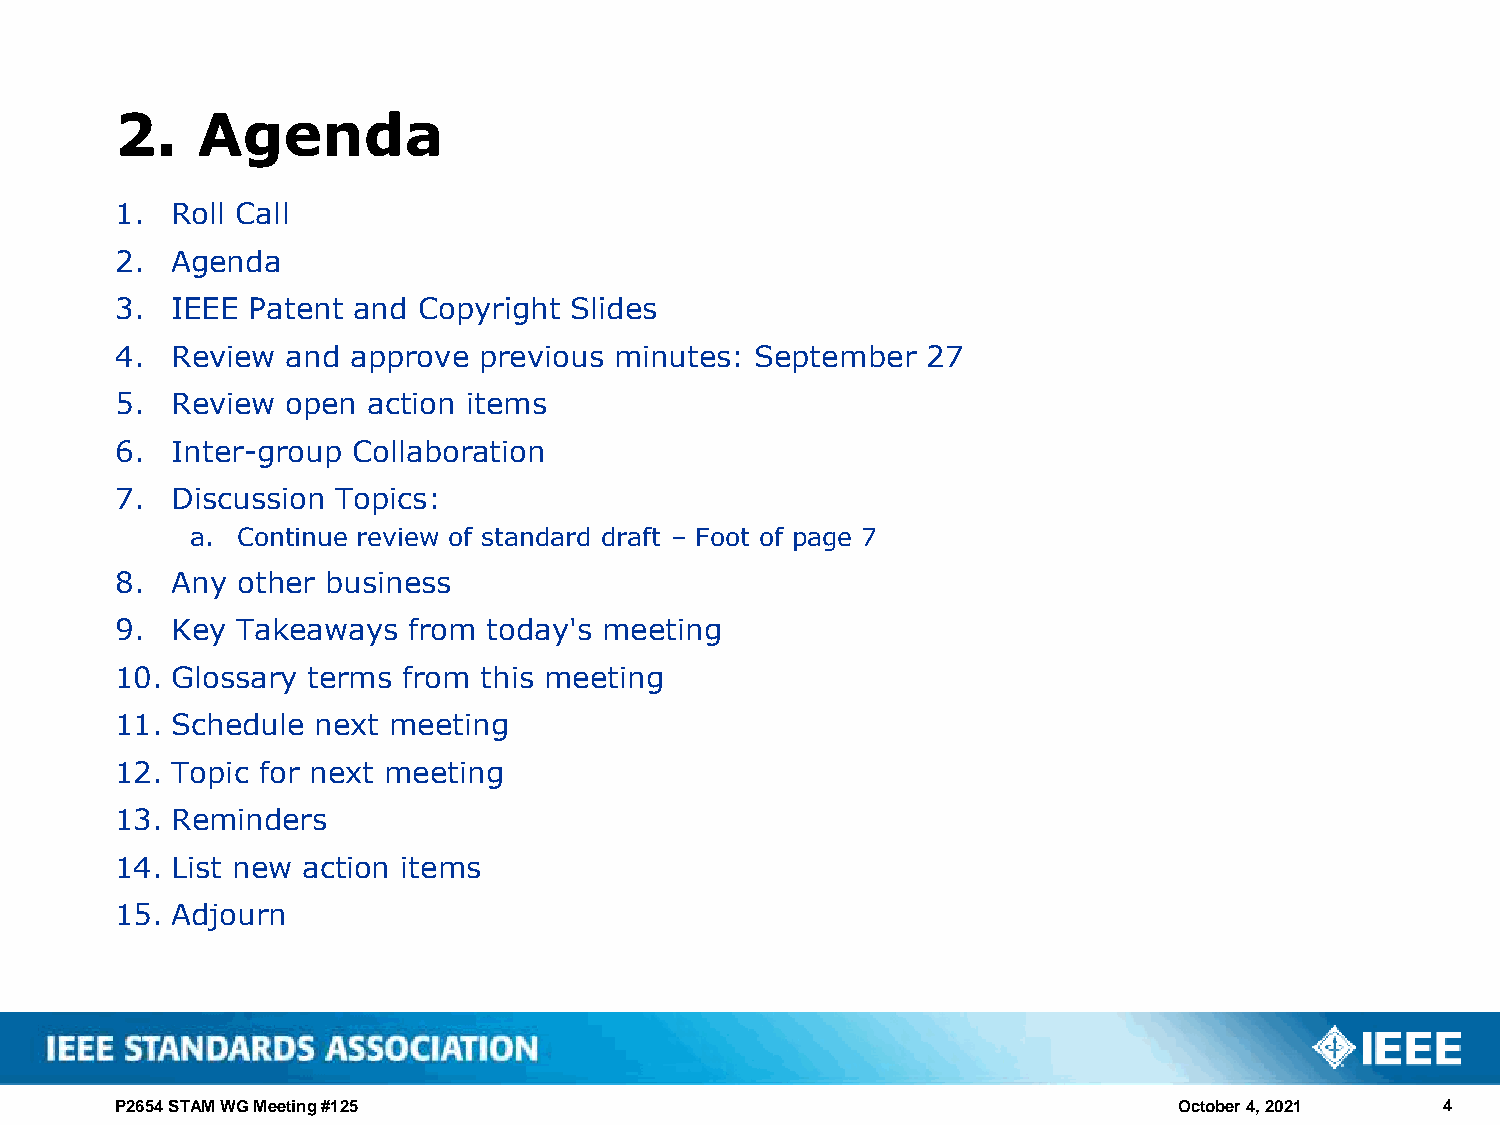
2.   Agenda
 1. Roll Call
 2. Agenda
 3. IEEE Patent and  Copyright Slides
 4. Review  and approve  previous minutes: September  27
 5. Review  open action items
 6. Inter-group Collaboration
 7. Discussion Topics:
 a. Continue review of standard draft – Foot of page 7
 8. Any  other business
 9. Key  Takeaways  from today's meeting
 10. Glossary terms from this meeting
 11. Schedule next meeting
 12. Topic for next meeting
 13. Reminders
 14. List new action items
 15. Adjourn
 P2654 STAM WG Meeting #125                                            October 4, 2021   4